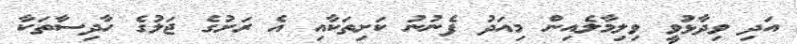
އަދި ވިދާޅުވީ ވިލިމާލެއިން މިއަދު ފެނުނު ކަށިތަކާއި އެ ރަށުގެ ޖަލުގެ ހާދިސާތަކާ